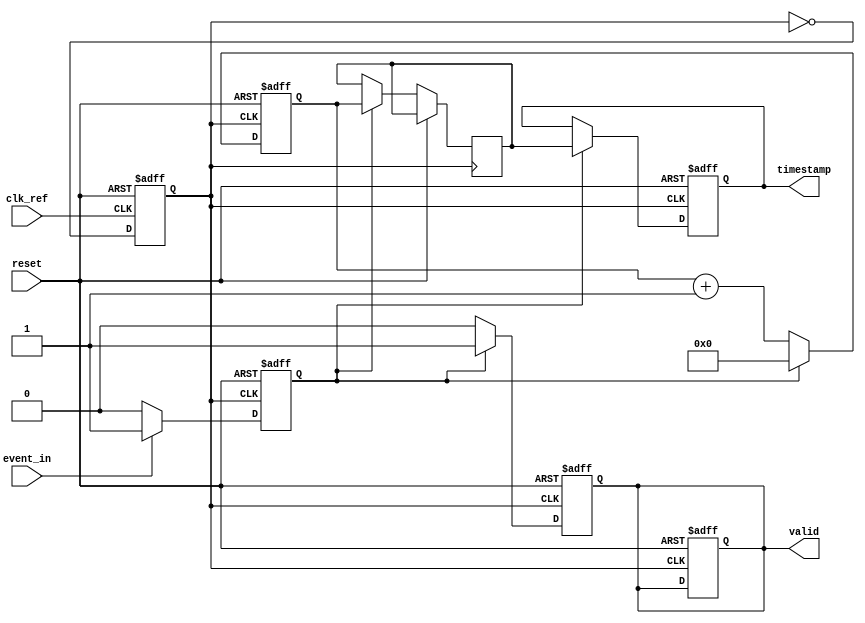
module TDC_PLL (
    input wire clk_ref,          // Reference clock input
    input wire event_in,         // Input event signal
    input wire reset,            // Reset signal
    output reg [15:0] timestamp, // Timestamp output (16-bit)
    output reg valid             // Valid signal for timestamp output
);

    // PLL parameters
    parameter PLL_MULTIPLIER = 8; // PLL multiplier for high-frequency clock
    parameter COUNTER_WIDTH = 16;  // Width of the counter

    // Internal signals
    reg [COUNTER_WIDTH-1:0] counter; // High-frequency counter
    reg clk_high_freq;                // High-frequency clock output from PLL
    reg event_detected;               // Event detection flag
    reg [COUNTER_WIDTH-1:0] count_latch; // Latch for timestamp

    // PLL simulation (for demonstration purposes)
    always @(posedge clk_ref or posedge reset) begin
        if (reset) begin
            clk_high_freq <= 0;
        end else begin
            // Simple PLL simulation: toggle clock based on multiplier
            clk_high_freq <= ~clk_high_freq;
        end
    end

    // Edge detection for input event
    always @(posedge clk_high_freq or posedge reset) begin
        if (reset) begin
            event_detected <= 0;
        end else if (event_in) begin
            event_detected <= 1; // Event detected
        end else begin
            event_detected <= 0; // Reset event detected flag
        end
    end

    // High-frequency counter
    always @(posedge clk_high_freq or posedge reset) begin
        if (reset) begin
            counter <= 0;
            valid <= 0;
        end else if (event_detected) begin
            // Start counting on event detection
            counter <= 0; // Reset counter on event
        end else begin
            // Increment counter
            counter <= counter + 1;
        end
    end

    // Timestamp generation
    always @(posedge clk_high_freq or posedge reset) begin
        if (reset) begin
            timestamp <= 0;
            valid <= 0;
        end else if (event_detected) begin
            count_latch <= counter; // Latch the current count
            timestamp <= count_latch; // Store timestamp
            valid <= 1; // Indicate valid timestamp
        end else begin
            valid <= 0; // Reset valid signal
        end
    end

    // Calibration logic (placeholder for future implementation)
    // This can be expanded based on specific calibration needs

endmodule